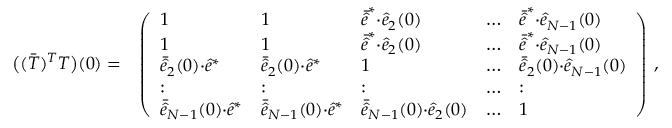
\begin{array} { r l } { \big ( ( \bar { T } ) ^ { T } T \big ) ( 0 ) = } & { \left( \begin{array} { l l l l l } { 1 } & { 1 } & { \bar { \hat { e } } ^ { * } { \cdot } \hat { e } _ { 2 } ( 0 ) } & { \dots } & { \bar { \hat { e } } ^ { * } { \cdot } \hat { e } _ { N - 1 } ( 0 ) } \\ { 1 } & { 1 } & { \bar { \hat { e } } ^ { * } { \cdot } \hat { e } _ { 2 } ( 0 ) } & { \dots } & { \bar { \hat { e } } ^ { * } { \cdot } \hat { e } _ { N - 1 } ( 0 ) } \\ { \bar { \hat { e } } _ { 2 } ( 0 ) { \cdot } \hat { e } ^ { * } } & { \bar { \hat { e } } _ { 2 } ( 0 ) { \cdot } \hat { e } ^ { * } } & { 1 } & { \dots } & { \bar { \hat { e } } _ { 2 } ( 0 ) { \cdot } \hat { e } _ { N - 1 } ( 0 ) } \\ { : } & { : } & { : } & { \dots } & { : } \\ { \bar { \hat { e } } _ { N - 1 } ( 0 ) { \cdot } \hat { e } ^ { * } } & { \bar { \hat { e } } _ { N - 1 } ( 0 ) { \cdot } \hat { e } ^ { * } } & { \bar { \hat { e } } _ { N - 1 } ( 0 ) { \cdot } \hat { e } _ { 2 } ( 0 ) } & { \dots } & { 1 } \end{array} \right) \, , } \end{array}